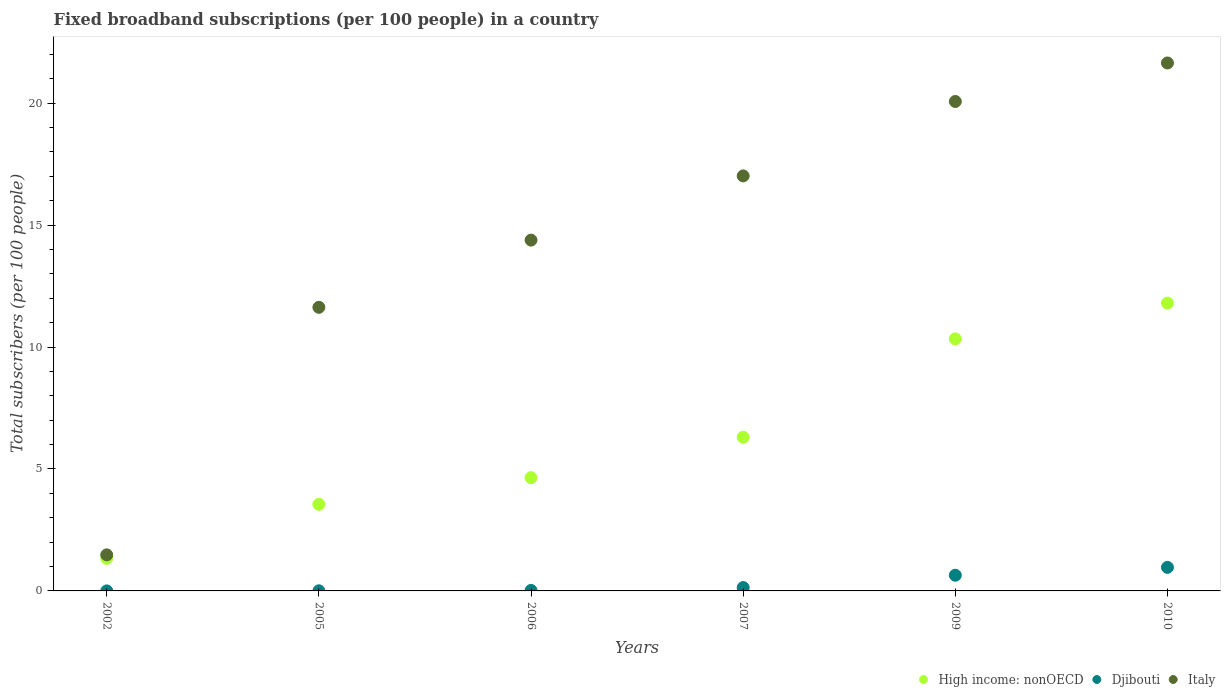
| Years | High income: nonOECD | Djibouti | Italy |
 | --- | --- | --- | --- |
 | 2002 | 1.34 | 0.000806 | 1.48 |
 | 2005 | 3.55 | 0.00541 | 11.6 |
 | 2006 | 4.64 | 0.0193 | 14.4 |
 | 2007 | 6.3 | 0.137 | 17 |
 | 2009 | 10.3 | 0.643 | 20.1 |
 | 2010 | 11.8 | 0.966 | 21.6 |